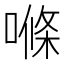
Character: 𠺧